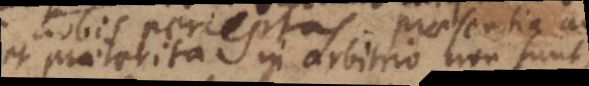
et praeterita in arbitrio non sunt,